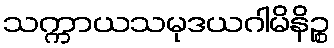
သက္ကာယသမုဒယဂါမိနိဉ္စ